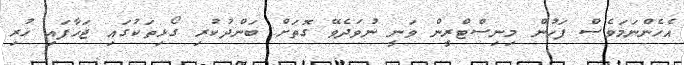
އެހެންނަމަވެސް ފަހުން މިނިސްޓްރީން ވަނީ ނުވަދެވޭ ގޮތަށް ބަންދުކުރި ގޯޅިތަކުގައި ޖަހާފައި ހުރި